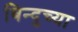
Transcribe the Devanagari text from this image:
बिन्दुच्या